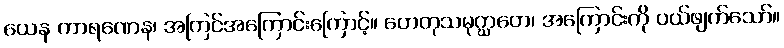
ယေန ကာရဏေန၊ အကြင်အကြောင်းကြောင့်။ ဟေတုသမုဂ္ဃာတေ၊ အကြောင်းကို ပယ်ဖျက်သော်။